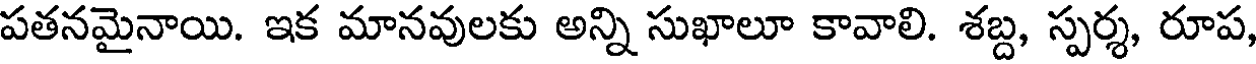
పతనమైనాయి. ఇక మానవులకు అన్ని సుఖాలూ కావాలి. శబ్ద, స్పర్శ, రూప,